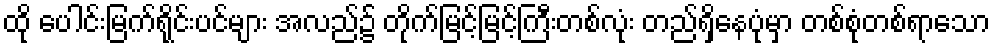
ထို ပေါင်းမြက်ရိုင်းပင်များ အလည်၌ တိုက်မြင့်မြင့်ကြီးတစ်လုံး တည်ရှိနေပုံမှာ တစ်စုံတစ်ရာသော